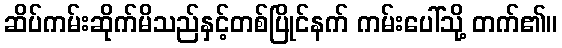
ဆိပ်ကမ်းဆိုက်မိသည်နှင့်တစ်ပြိုင်နက် ကမ်းပေါ်သို့ တက်၏။